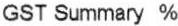
GST SUMMARY %